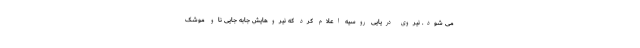
می شود. نیروی دریایی روسیه اعلام کرد که نیروهایش جابه جایی ناو موشک